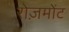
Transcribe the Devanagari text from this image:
रोज़मोंट